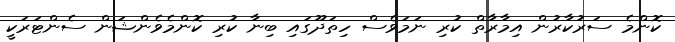
ކޮންމެ ސަރުކާރުން އިމާރާތް ކުރި ނަމަވެސް ހިތަދޫގައި ބިނާ ކުރި ކޮންމެވެންޝަން ސެންޓަރަކީ